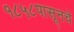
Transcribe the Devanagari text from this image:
१८५८पासूनचे